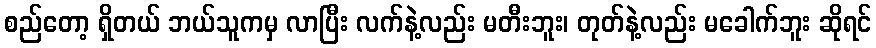
စည်တော့ ရှိတယ် ဘယ်သူကမှ လာပြီး လက်နဲ့လည်း မတီးဘူး၊ တုတ်နဲ့လည်း မခေါက်ဘူး ဆိုရင်